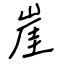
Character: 崖